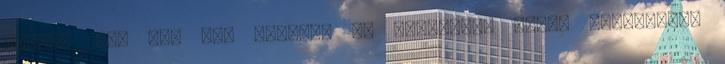
hiszen 1990 óta nem kaptunk új részeket. Jason Rothenberg